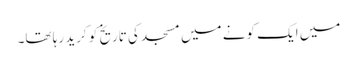
میں ایک کونے میں مسجد کی تاریخ کو کرید رہا تھا۔